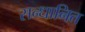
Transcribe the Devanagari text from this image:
सन्धानित